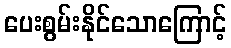
ပေးစွမ်းနိုင်သောကြောင့်